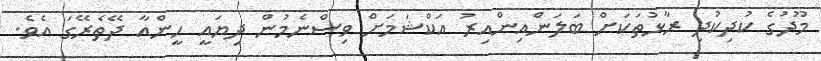
މޫދުގެ ކުދިކުދި ރާޅުތަކަށް ބަލަންއިންއިރު އަކްޝަމަށް ވިސްނެމުން ދިޔައީ ހީންއާ ދޭތެރޭގަ އެވެ.